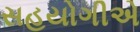
સહયોગીએ